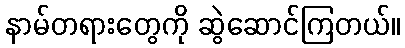
နာမ်တရားတွေကို ဆွဲဆောင်ကြတယ်။